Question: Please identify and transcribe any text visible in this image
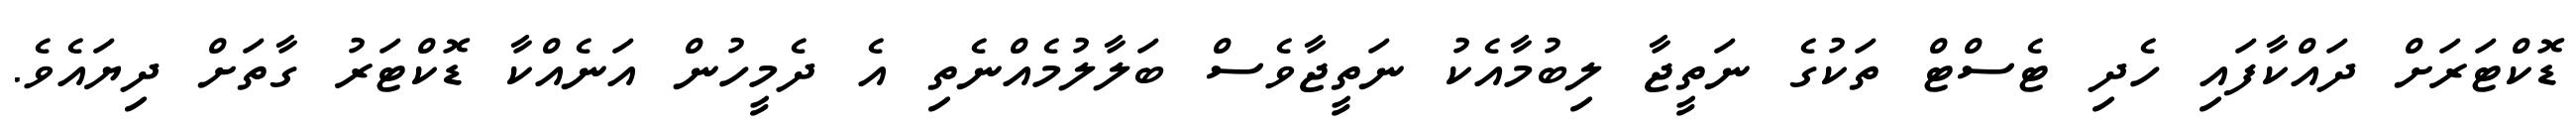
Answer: ޑޮކްޓަރަށް ދައްކާފައި ހެދި ޓެސްޓް ތަކުގެ ނަތީޖާ ލިބުމާއެކު ނަތީޖާވެސް ބަލާލުމެއްނެތި އެ ދެމީހުން އަނެއްކާ ޑޮކްޓަރު ގާތަށް ދިޔައެވެ.